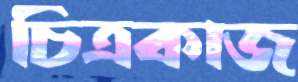
চিত্রকাজ